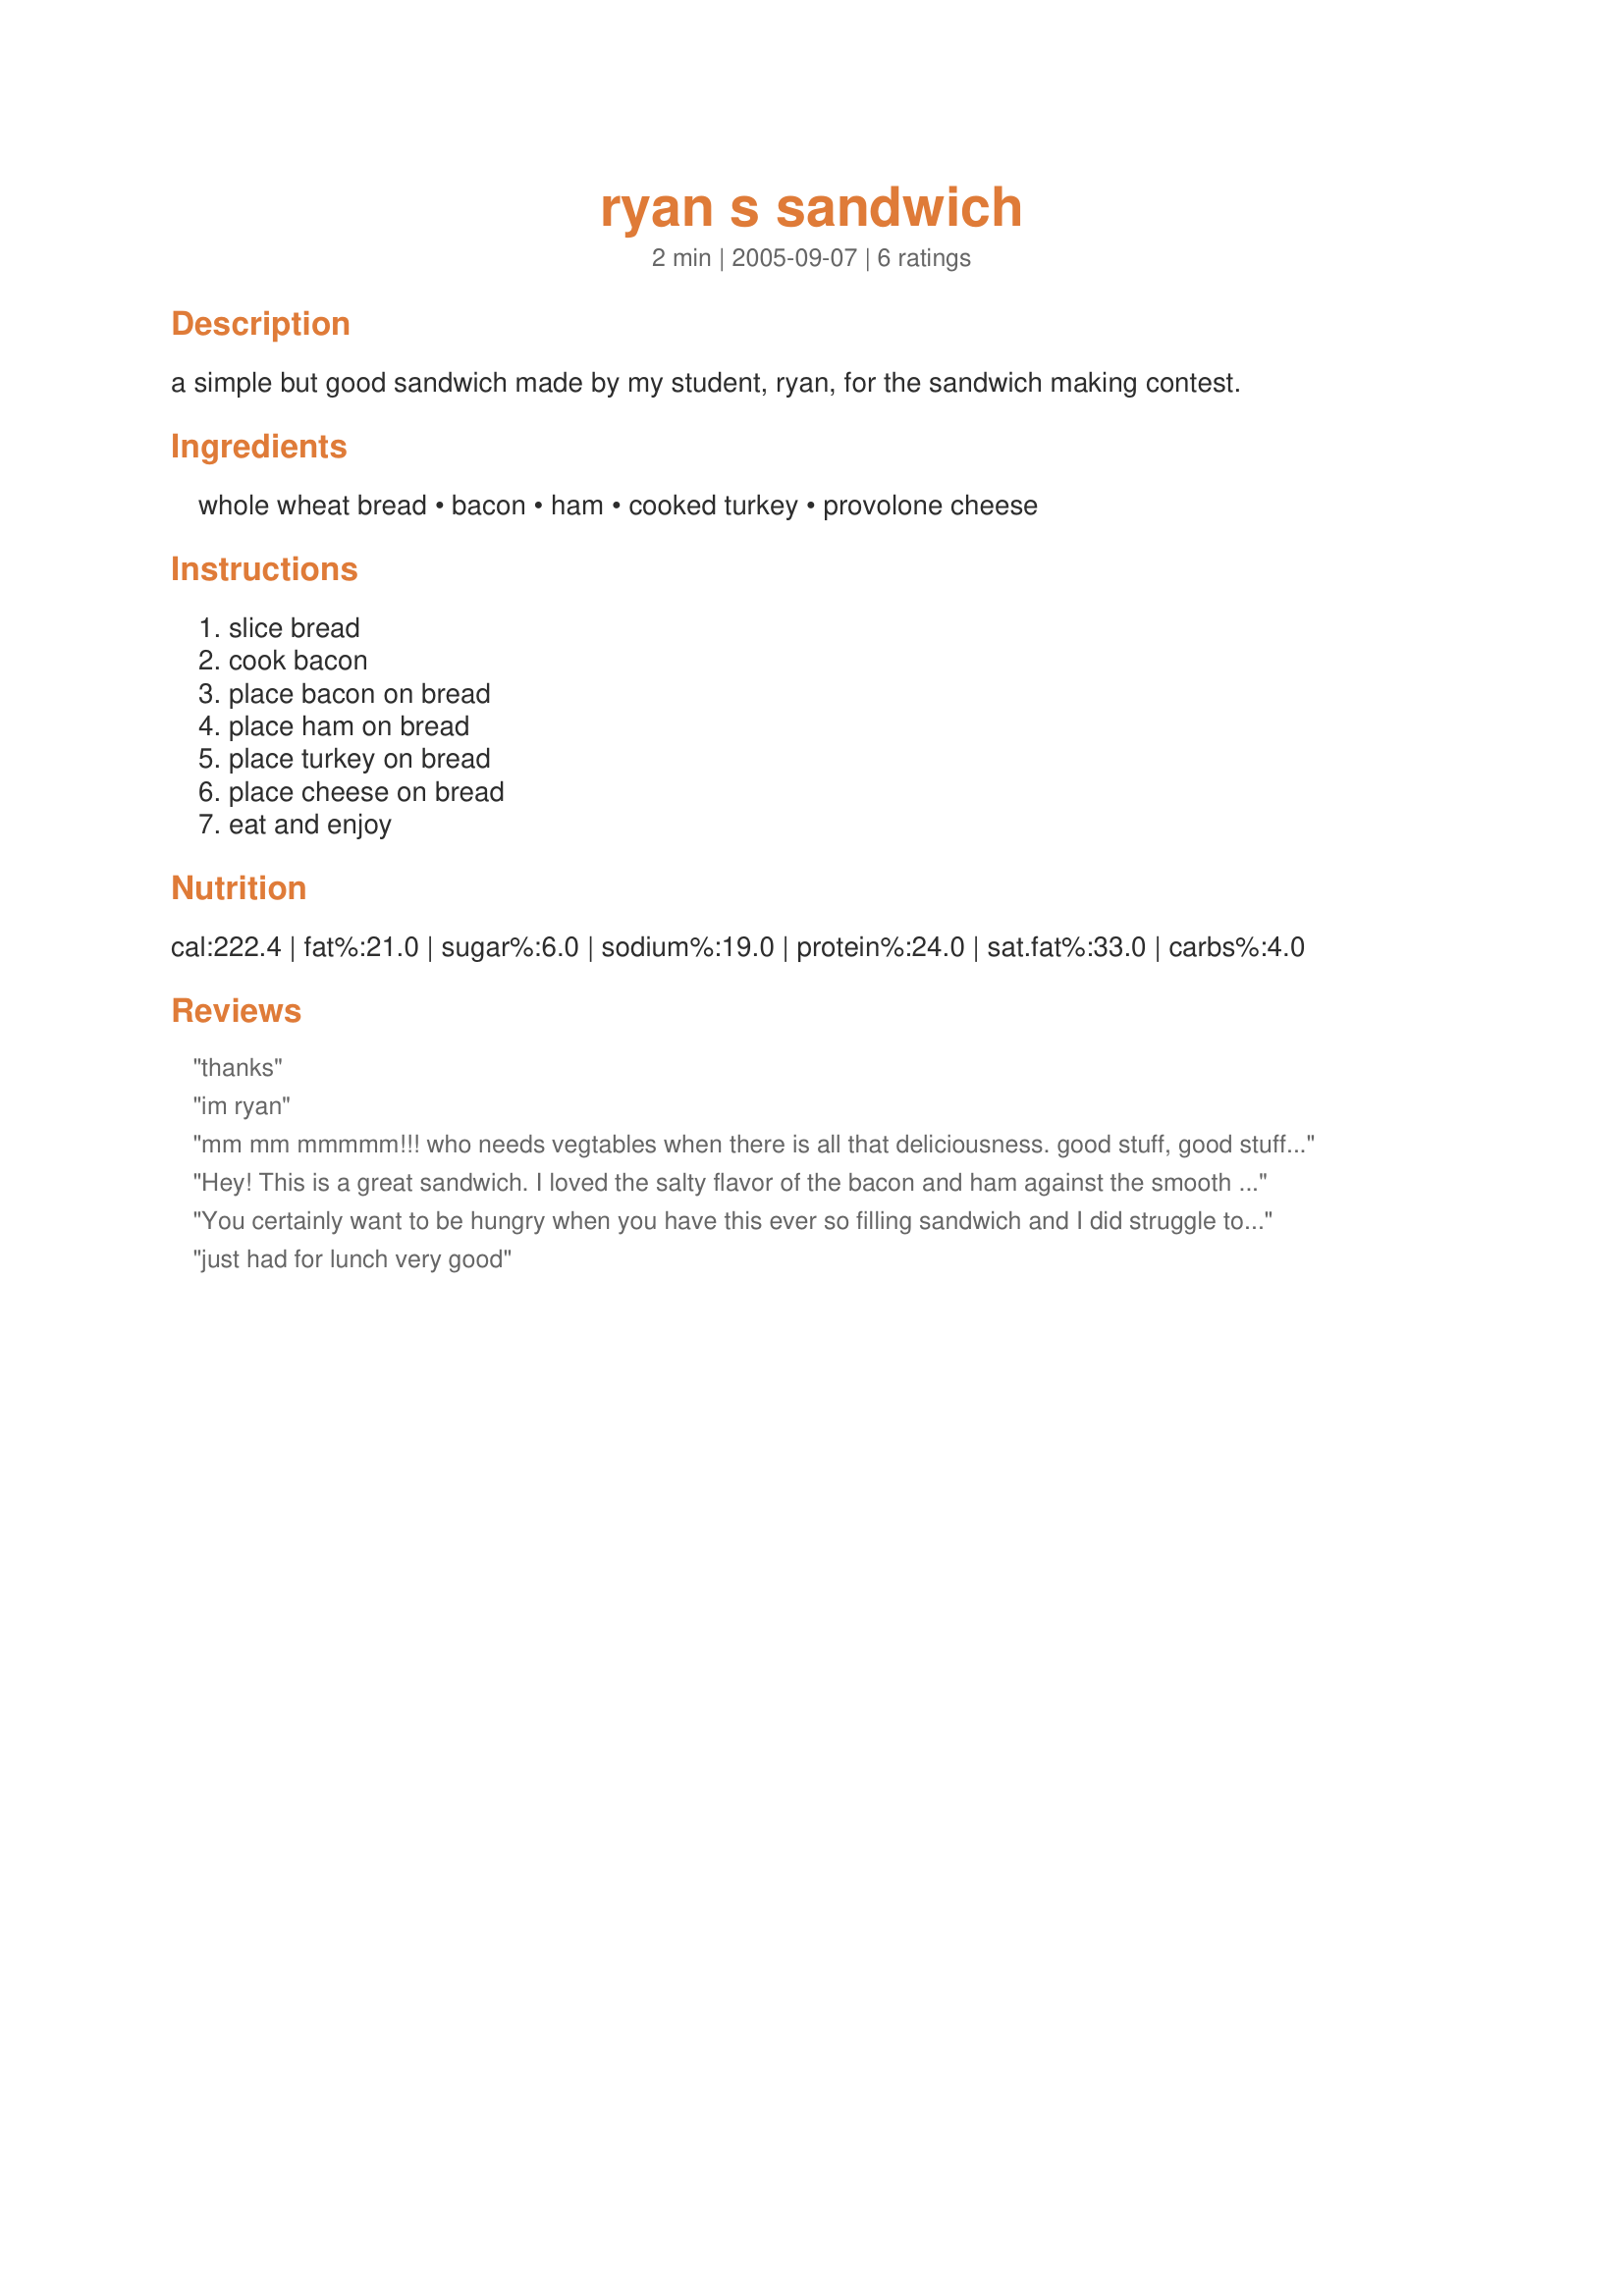
ryan s sandwich
Preparation time: 2 minutes

a simple but good sandwich made by my student, ryan, for the sandwich making contest.

Ingredients:
whole wheat bread, bacon, ham, cooked turkey, provolone cheese

Steps:
slice bread, cook bacon, place bacon on bread, place ham on bread, place turkey on bread, place cheese on bread, eat and enjoy

Reviews:
thanks
im ryan
mm mm mmmmm!!! who needs vegtables when there is all that deliciousness. good stuff, good stuff. thank you ryan for bringing this sandwich into the world.
Hey! This is a great sandwich. I loved the salty flavor of the bacon and ham against the smooth flavor of the cheese and turkey! I added a hot dill pickle and was in pig heaven! Thanks for sharing!
You certainly want to be hungry when you have this ever so filling sandwich and I did struggle to get through it all. I used wholemeal/wholegrain bread and sharp cheddar cheese and thoroughly enjoyed. Thank you Ryan and Nimita Patel for posting, made for Name that Ingredient tag game.
just had for lunch very good
